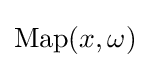
\operatorname {Map} (x,\omega )